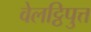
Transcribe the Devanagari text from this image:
वेलट्ठिपुत्त